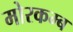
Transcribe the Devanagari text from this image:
मोरकम्ब